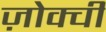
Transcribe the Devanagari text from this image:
ज़ोक्ची